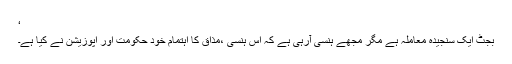
‘
بجٹ ایک سنجیدہ معاملہ ہے مگر مجھے ہنسی آرہی ہے کہ اس ہنسی ،مذاق کا اہتمام خود حکومت اور اپوزیشن نے کیا ہے۔